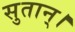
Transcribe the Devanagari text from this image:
सुतान्।